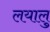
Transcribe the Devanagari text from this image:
लयालु